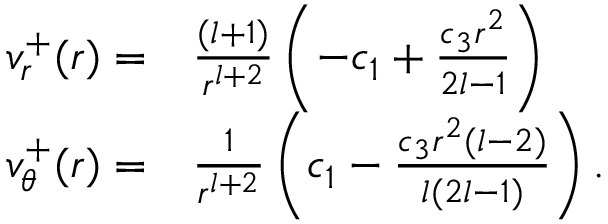
\begin{array} { r l } { v _ { r } ^ { + } ( r ) = } & { { } \frac { ( l + 1 ) } { r ^ { l + 2 } } \left( - c _ { 1 } + \frac { c _ { 3 } r ^ { 2 } } { 2 l - 1 } \right) } \\ { v _ { \theta } ^ { + } ( r ) = } & { { } \frac { 1 } { r ^ { l + 2 } } \left( c _ { 1 } - \frac { c _ { 3 } r ^ { 2 } ( l - 2 ) } { l ( 2 l - 1 ) } \right) . } \end{array}